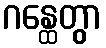
ဂန္ထေတွာ